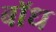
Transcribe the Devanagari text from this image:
बाॅध